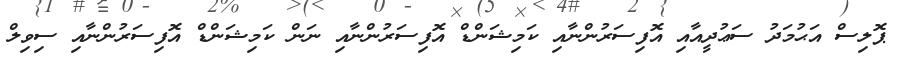
ޕޮލިސް އަޙުމަދު ސަޢުދީއާއި އޮފިސަރުންނާއި ކަމިޝަންޑް އޮފިސަރުންނާއި ނަން ކަމިޝަންޑް އޮފިސަރުންނާއި ސިވިލް